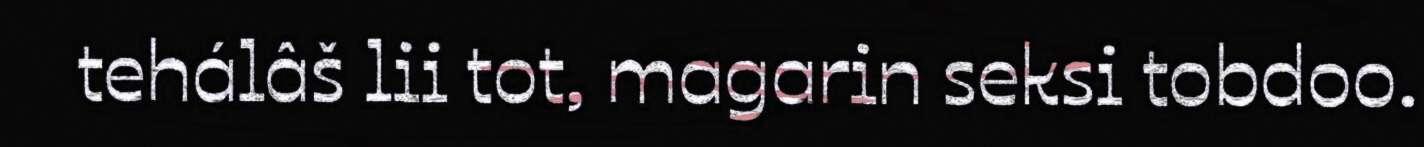
tehálâš lii tot, magarin seksi tobdoo.